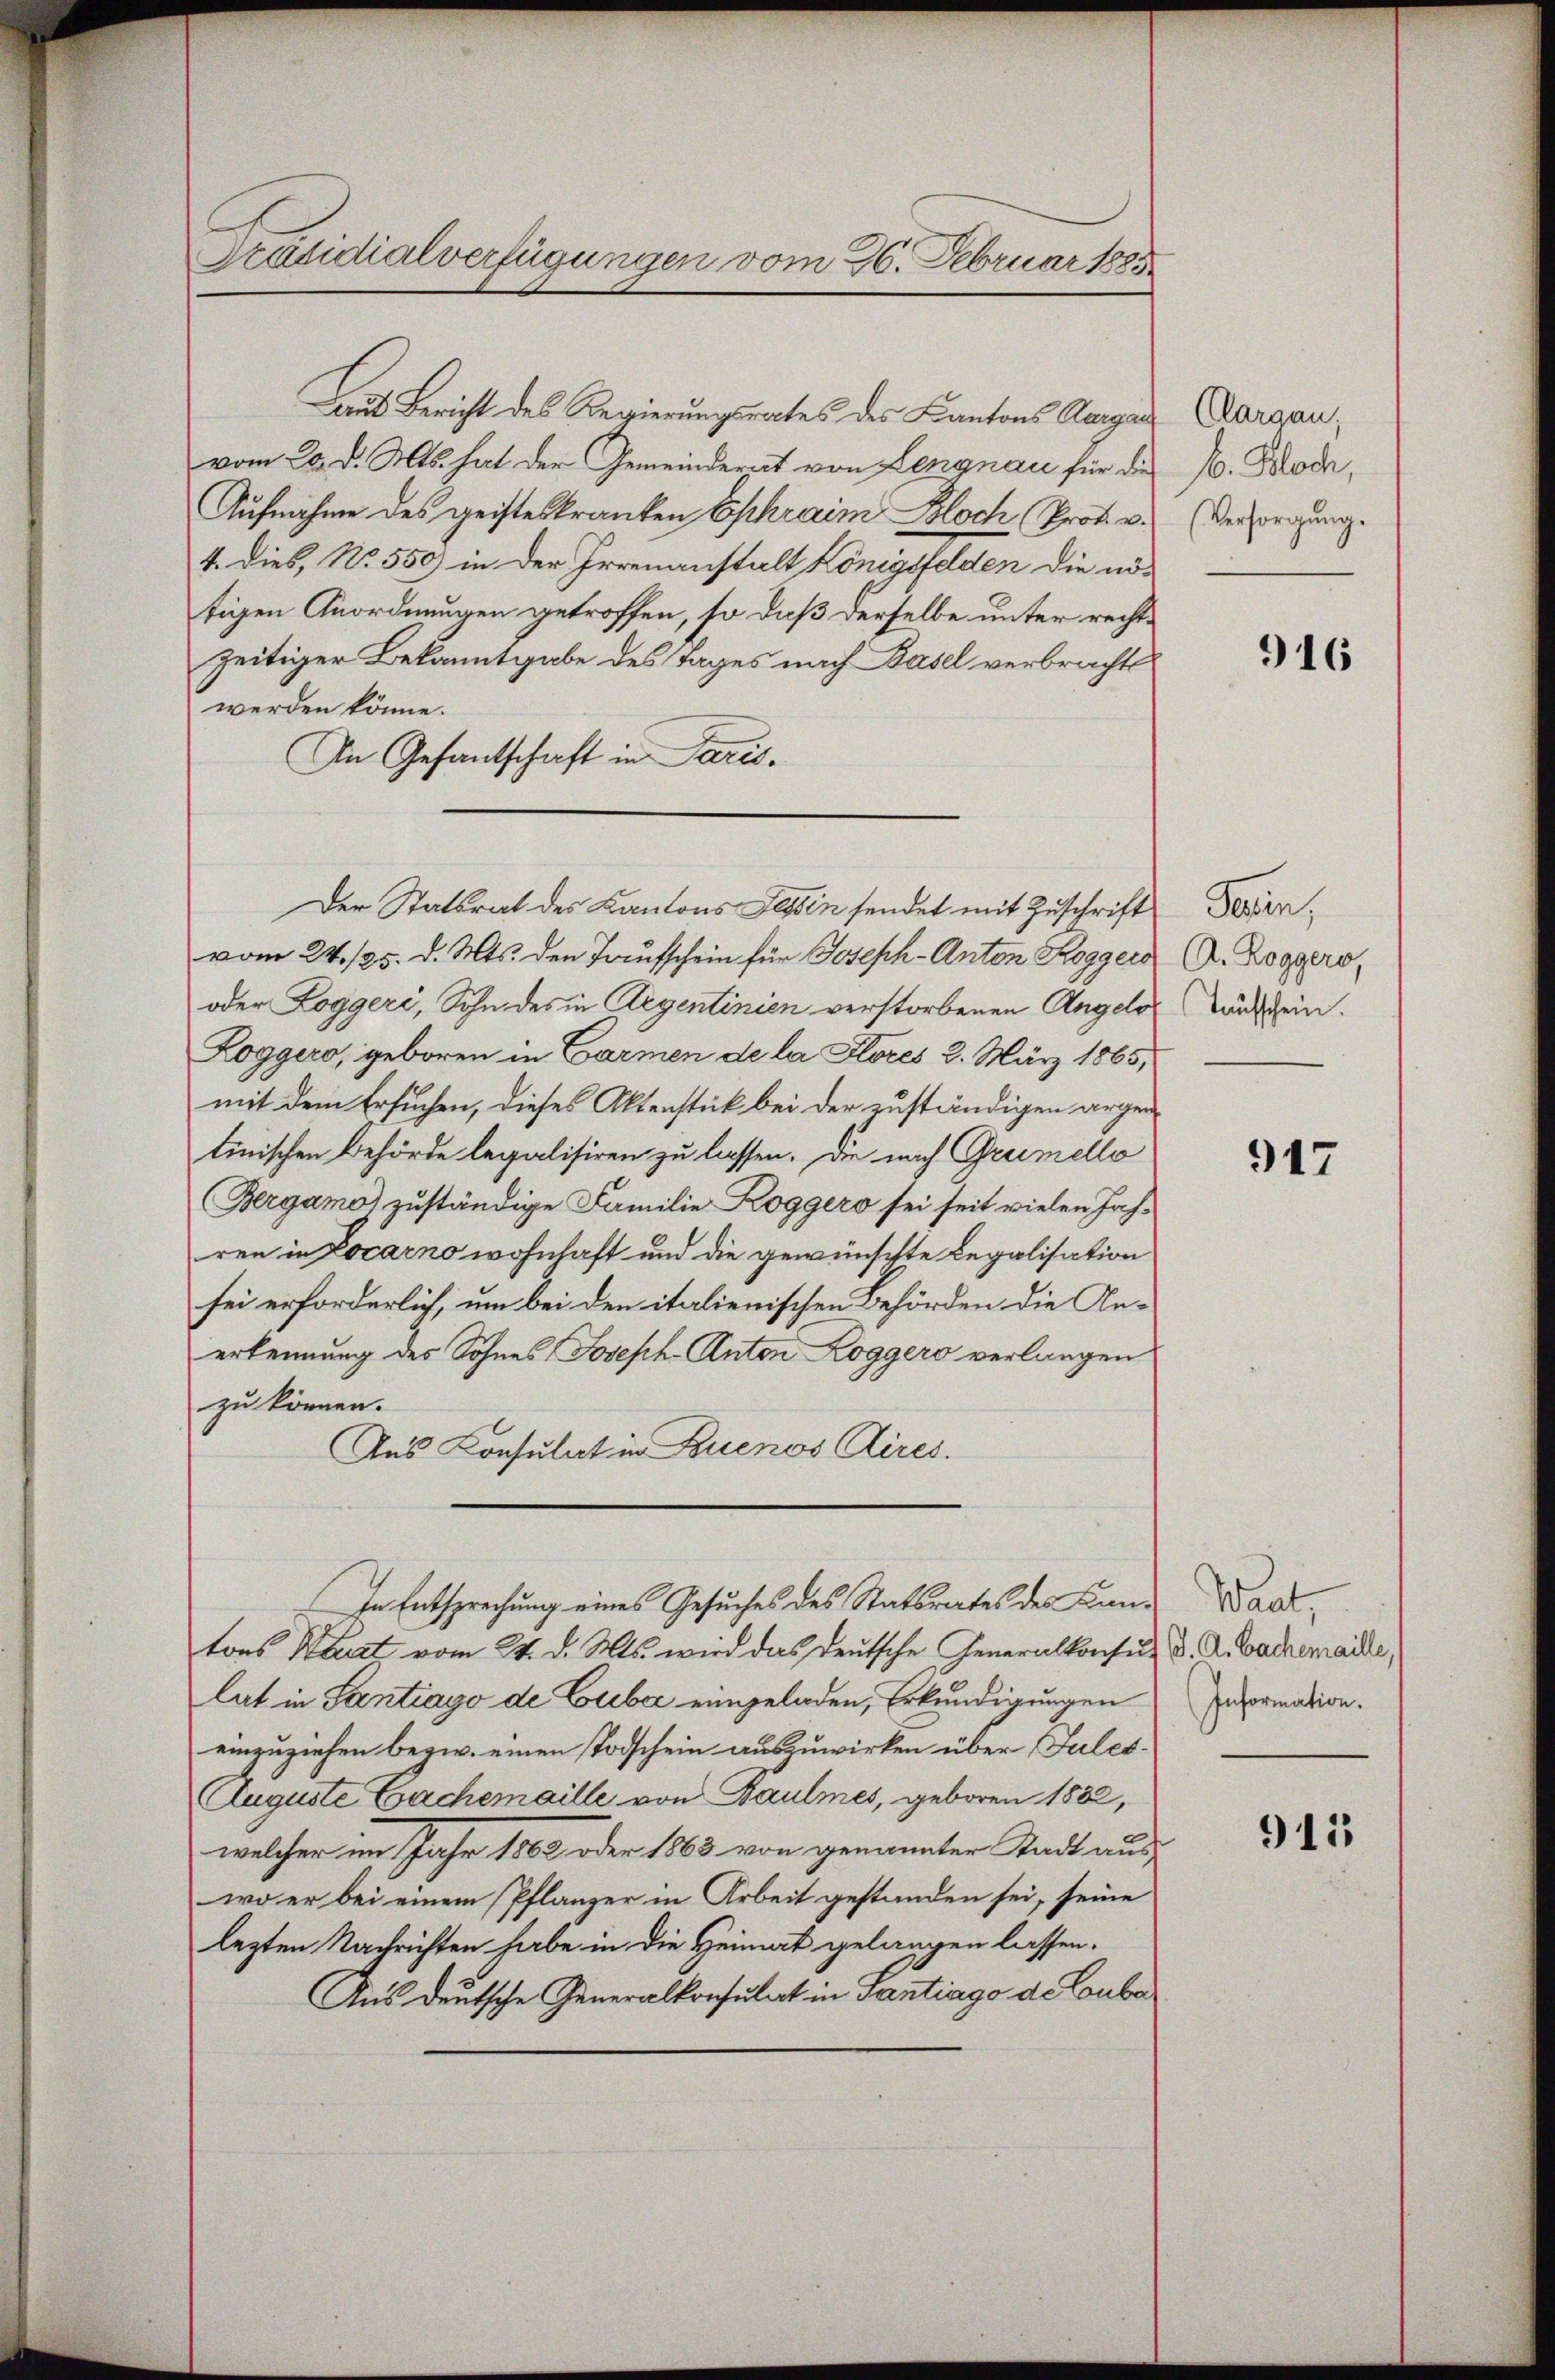
Präsidialverfügungen vom 26. Februar 1885.

aus Bericht des Regierungsrates des Kantons Aargar
vom 20. d. Mts. hat der Gemeinderat von Lengnau für die
Aufnahme des geisteskranken Ephraim Bloch (Prot. v.
4. dies, No. 550) in der Irrenanstalt Königsfelden die nötigen Anordnungen getroffen, so daß derselbe unter rechtzeitiger Bekanntgabe des Tages nach Basel verbracht
werden könne.
In Gesantschaft in Paris.
vom 24./25. d. Mts. den Taufschein für Joseph-Anton Roggers
oder Loggeri, Sohn des in Argentinien verstorbenen Angels
Loggero, geboren in Carmen de la Stores 2. März 1865,
mit dem Ersuchen, dieses Aktenstück bei der zuständigen argen
tinischen Behörde legalisiren zu lassen. Die nach Gramello
Bergamo zuständige Familie Roggers sei seit vielen Jah-
ren in Locarno wohnhaft und die gewünschte Legalisation
sei erforderlich, um bei den italienischen Behörden die Anerkennung des Sohnes Joseph Anton Roggero verlangen
zu können.
Aus Konsulat in Buenos Aires.
In Entsprechung eines Gesuches des Statsrates des Kantons Kurt vom 24. d. Mts. wird das deutsche Generalkonsu-
lat in Santiago de Cuber eingeladen, Erkundigungen
einzuziehen bezw. einen Todschein auszuwirken über Jules¬
Auguste Cachemaille von Baulmes, geboren 1882,
welcher im Jahr 1882 oder 1863 von genannter Stadt aus
wo er bei einem Pflanzer in Arbeit gestanden sei, seine
lezten Nachrichten habe in die Heimat gelangen lassen.
Aus deutsche Generalkonsulat in Gantrago de Coube

Der Statsrat des Kantons Tessin sendet mit Zuschrift

Clargau,
b. Bloch,
Versorgung.

916

Paren,
A. Roggers,
Taufschein.

947

Want,
J. A. Bachemaille,
Information.

915